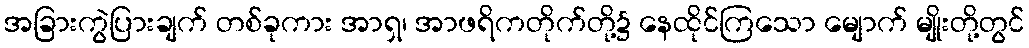
အခြားကွဲပြားချက် တစ်ခုကား အာရှ၊ အာဖရိကတိုက်တို့၌ နေထိုင်ကြသော မျောက် မျိုးတို့တွင်